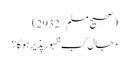
(صحیح مسلم؍2932)
دجال کب ظہور پذیر ہوگا؟